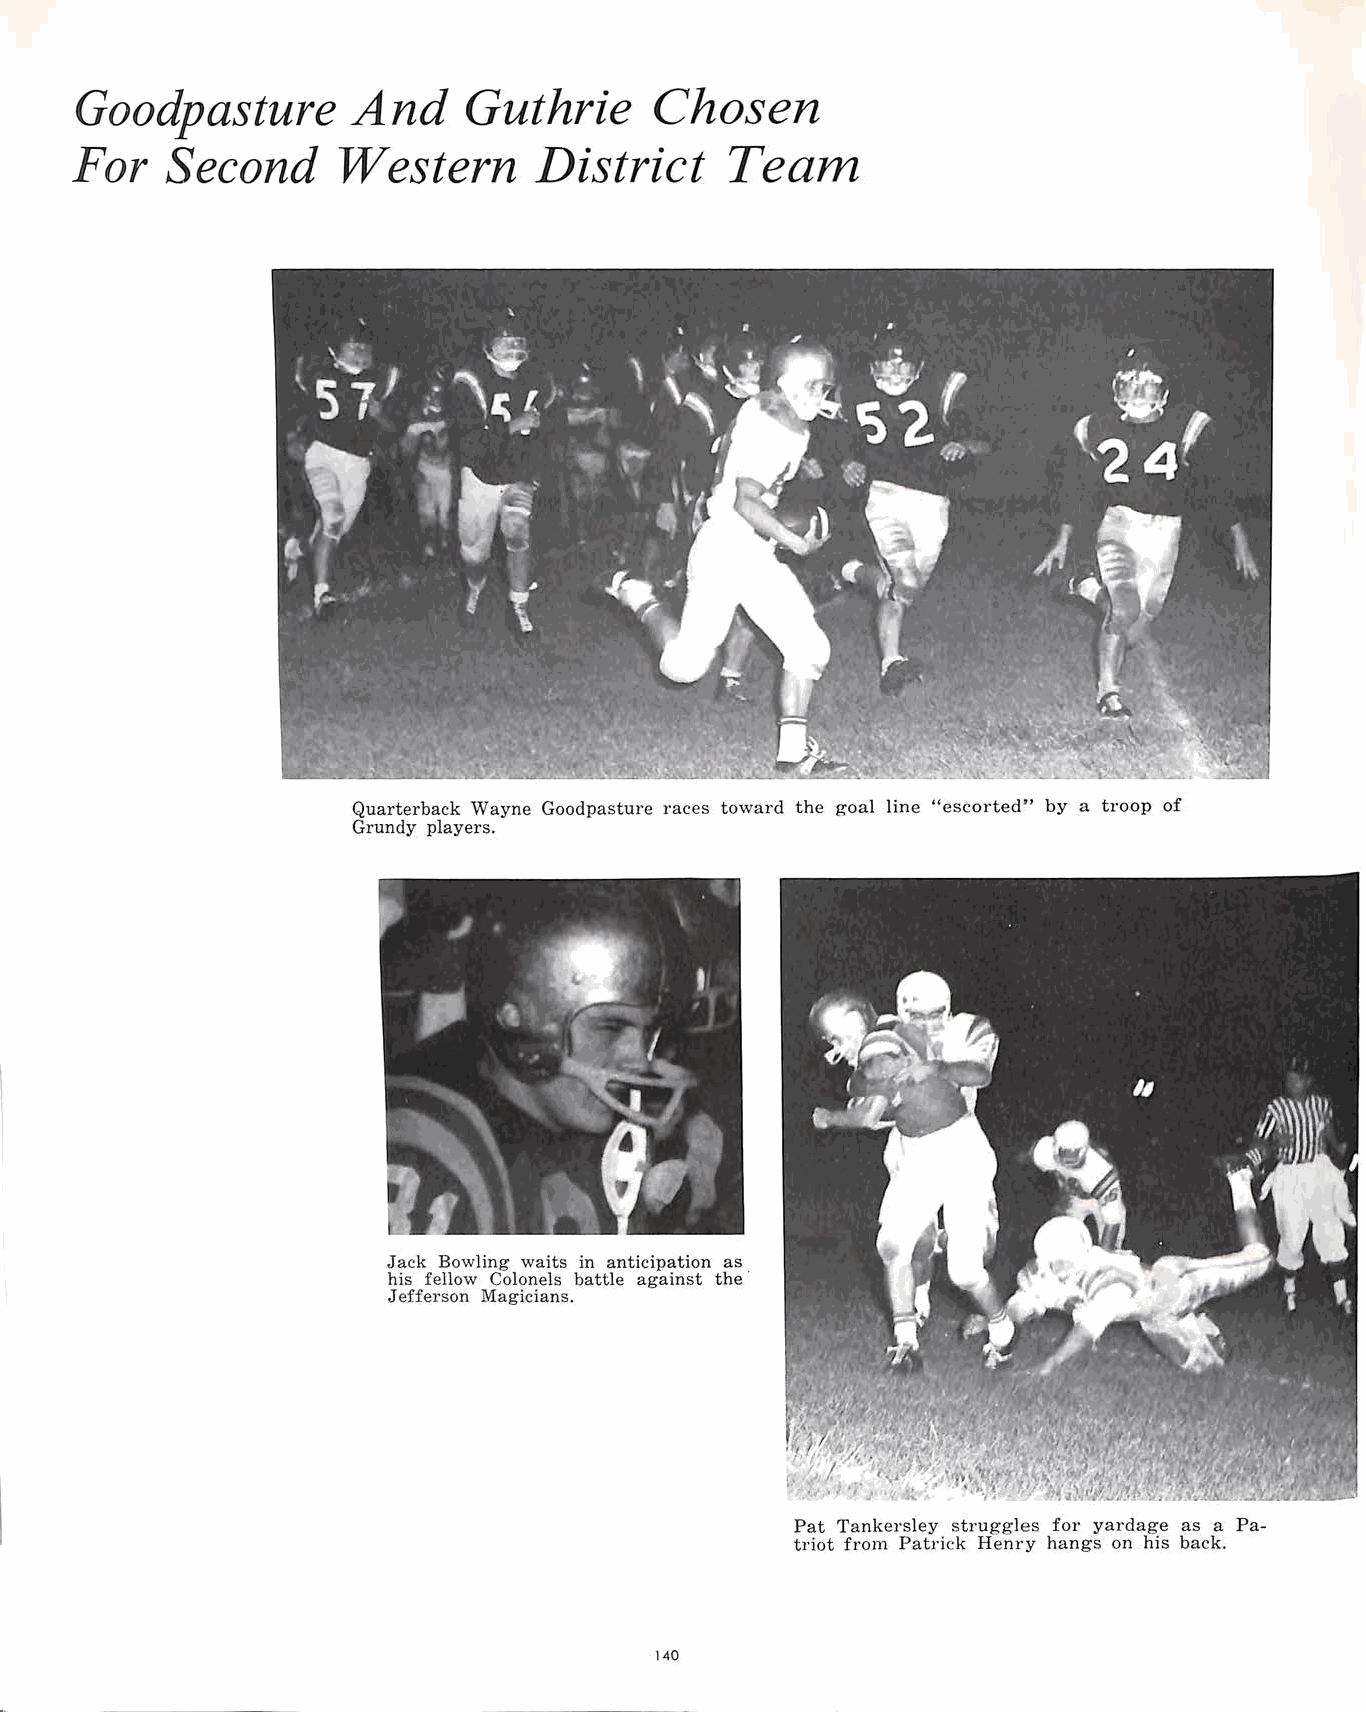
Goodpasture       And     Guthrie     Chosen
 For   Second     Western      District     Team
 Quarterback Wayne Goodpasture races toward the goal line "escorted" by a troop of
 Grundy players.
 Jack Bowling waits in anticipation as
 his fellow Colonels battle against the·
 Jefferson Magicians.
 Pat Tankersley struggles for yardage as a Pa
 triot from Patrick Henry hangs on his back.
 140